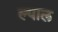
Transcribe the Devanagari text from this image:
ल्याल